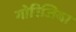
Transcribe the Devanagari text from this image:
गोरिजिया